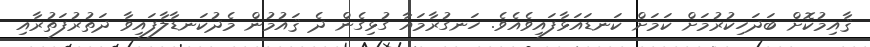
ޤާއިމުކޮށް ބަދަހިކުރުމަށް ކަމަށް ކަނޑައަޅާފައިވެއެވެ. ހަނގުރާމައާ ގުޅިގެން ދެ ޤައުމުން މެދުކަނޑާލާފައިވާ ދަތުރުފަތުރާއި